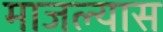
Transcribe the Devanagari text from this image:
माजल्यास